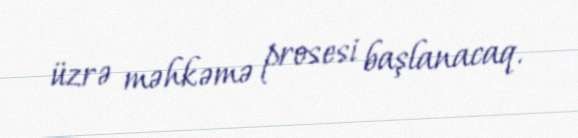
üzrə məhkəmə prosesi başlanacaq.